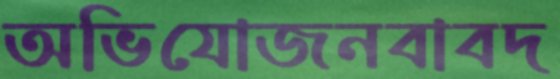
অভিযোজনবাবদ